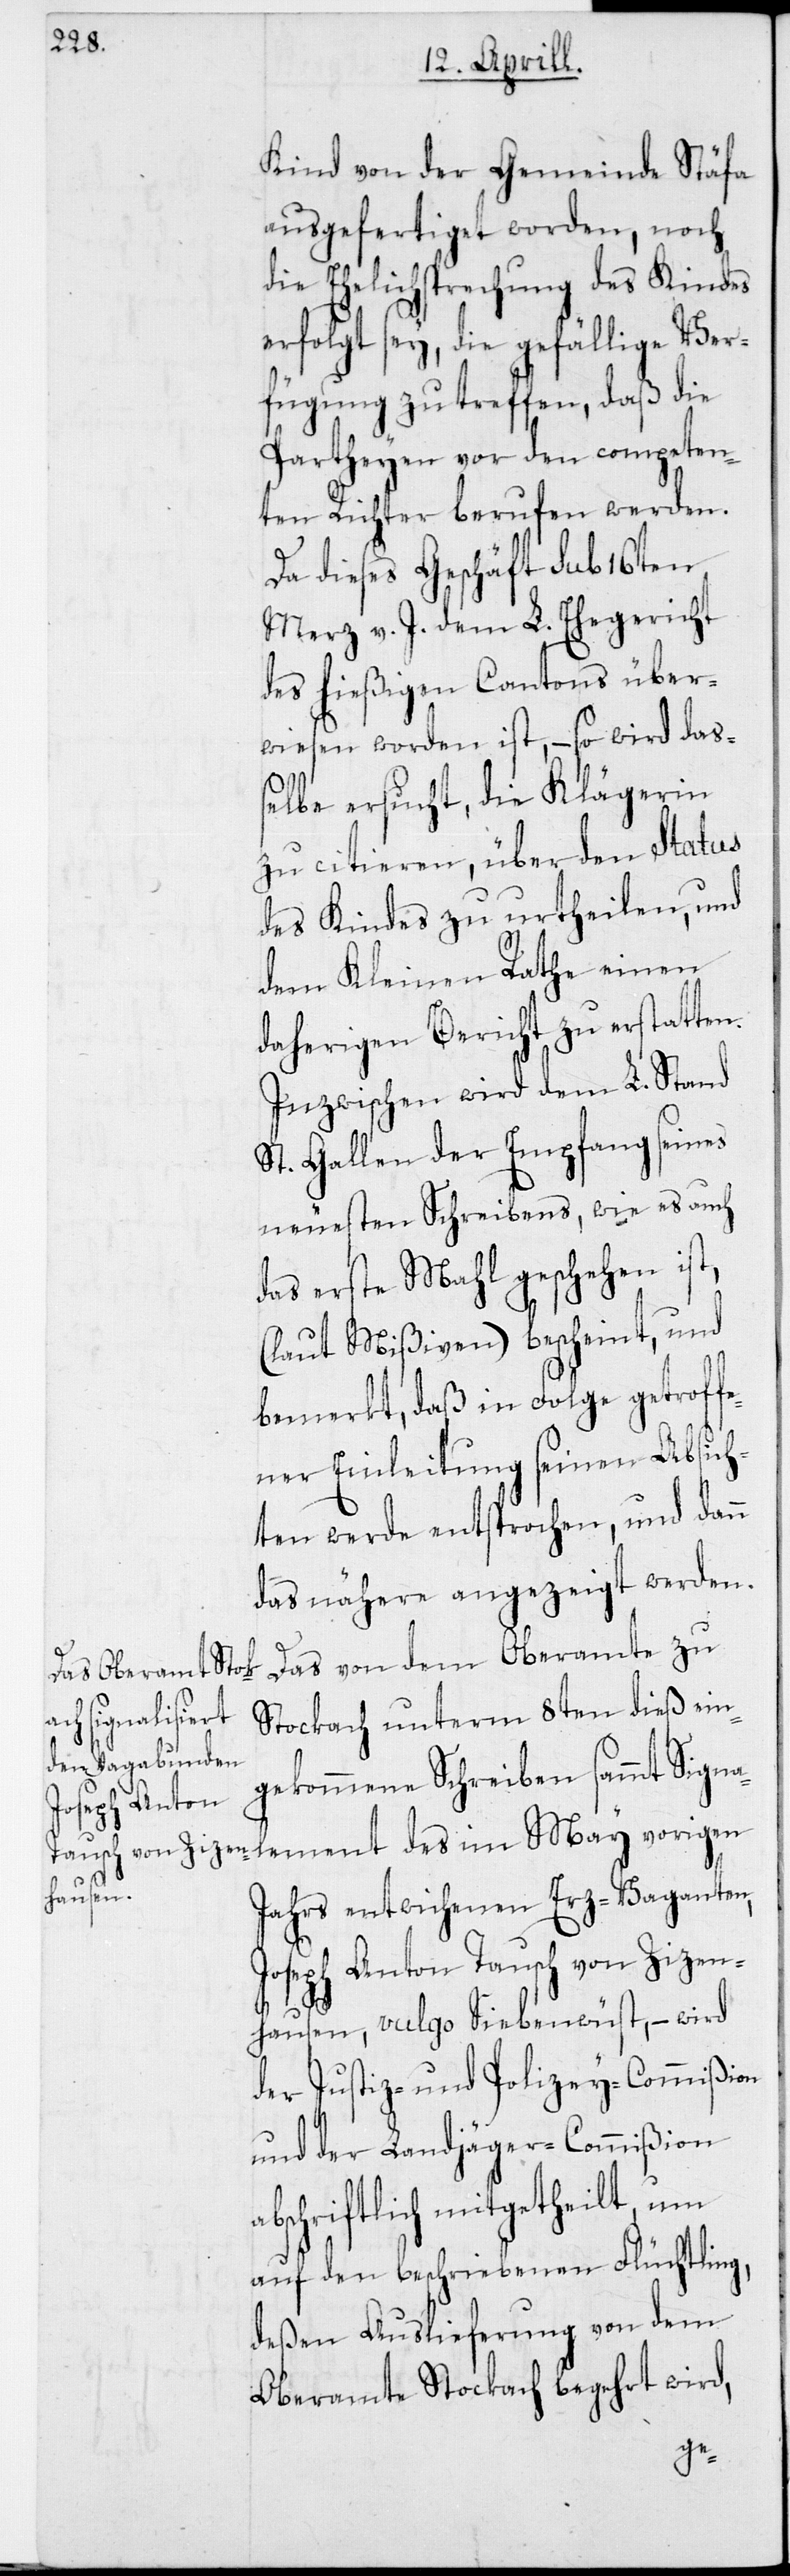
Kind von der Gemeinde Stäfa
ausgefertiget worden, noch
die Ehelichsprechung des Kindes
erfolgt sey, die gefällige Ver¬
fügung zu treffen, daß die
Partheyen vor den competen¬
ten Richter berufen werden.
Da dieses Geschäft sub 16ten
Merz v. J. dem L. Ehegericht
des hießigen Cantons über¬
wiesen worden ist, – so wird daß¬
elbe ersucht, die Klägerin
zu citieren, über den Status
des Kindes zu urtheilen, und
dem Kleinen Rathe einen
daherigen Bericht zu erstatten.
Inzwischen wird dem L. Stand
St. Gallen der Empfang seines
neuesten Schreibens, wie es auch
das erste Mahl geschehen ist,
(laut Mißiven) bescheint, und
bemerkt, daß in Folge getroff¬
ener Einleitung seinen Absich¬
ten werde entsprochen, und dann
das Nähere angezeigt werden.
Das von dem Oberamte zu
Stockach unterm 8ten dieß ein¬
alement des
gekommene Schreiben sammt Sign¬
Jahrs entwichenen Erz-Vaganten,
Joseph Anton Tausch von Zizen¬
hausen, vulgo Siebenwüst, – wird
der Justiz- und Polizey-Commißion
und der Landjäger-Commißion
bschriftlich mitgetheilt, um
auf den beschriebenen Flüchtling,
deßen Auslieferung von dem
Oberamte Stockach begehrt wird,
a¬